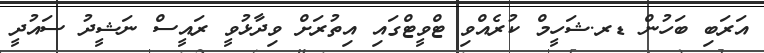
އަރަބި ބަހުން ޑރ.ޝަހީމް ކުރެއްވި ޓްވީޓްގައި އިތުރަށް ވިދާޅުވީ ރައީސް ނަޝީދު ސައުދީ